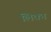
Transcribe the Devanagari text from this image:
लिक्न